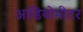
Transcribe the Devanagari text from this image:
आडियोमीटर